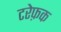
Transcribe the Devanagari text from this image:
टरेफ़क